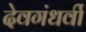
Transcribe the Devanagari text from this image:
देवगंधर्वी